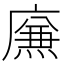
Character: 㢘